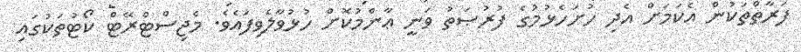
ފަރާތްތަކުން އެކަމަށް އެދި ހުށަހެޅުމުގެ ފުރުޞަތު ވަނީ ޢާންމުކޮށް ހުޅުވާލެވިފައެވެ. މެޖިސްޓްރޭޓް ކޯޓުތަކުގައި